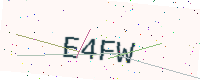
Text: E4FW